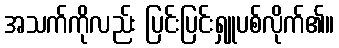
အသက်ကိုလည်း ပြင်းပြင်းရှူပစ်လိုက်၏။